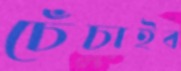
চেঁচাইব